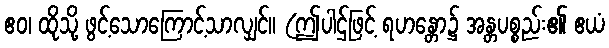
ဧဝ၊ ထိုသို့ ဖွင့်သောကြောင့်သာလျှင်။ (ဤပါဌ်ဖြင့် ရဟန္တော၌ အန္တပစ္စည်း၏ ဧယံ